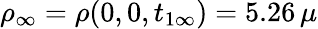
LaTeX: \rho_{\infty}=\rho(0,0,t_{1\infty})=5.26\, \mu